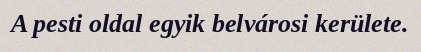
A pesti oldal egyik belvárosi kerülete.